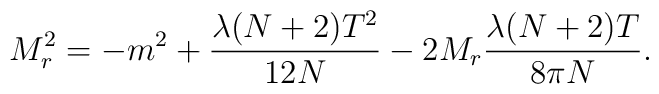
M_r^2 =  - m^2 + \frac{\lambda (N + 2) T^2}{12 N} - 2 M_r \frac{\lambda  (N + 2) T}{8 \pi N}.